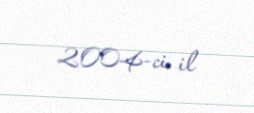
2004-ci il